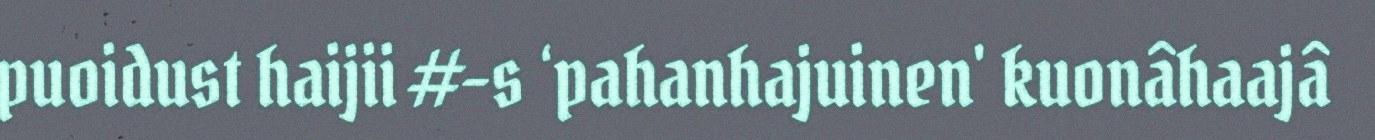
puoidust haijii #-s ‘pahanhajuinen' kuonâhaajâ